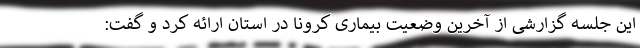
این جلسه گزارشی از آخرین وضعیت بیماری کرونا در استان ارائه کرد و گفت: